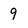
Character: 9